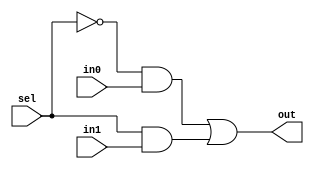
`define AND and #30
`define OR or #30
`define NOT not #10

// 2 bit mux
module mux2
(
    output out,
    input in0,
    input in1,
    input sel
);

    wire mux1, mux2;
    wire selnot;

    `NOT muxNOT(selnot, sel);
    `AND muxAND1(mux1, selnot, in0);
    `AND muxAND2(mux2, sel, in1);
    `OR muxOR(out, mux1, mux2);

endmodule

// 8 bit mux
module mux8
(
    output out,
    input[7:0] ins,
    input[2:0] sel
);

    wire[7:0] selpick;	// One of these is true, corresponding to the input to forward to out
    wire ns0, ns1, ns2;
    wire s0s1, s0ns1, ns0s1, ns0ns1;    
    wire out0, out1, out2, out3, out4, out5, out6, out7;
    wire o0o1, o2o3, o4o5, o6o7, o0o1o2o3, o4o5o6o7;

    `NOT invert_sel_0 (ns0, sel[0]);   // Invert select bits for logic
    `NOT invert_sel_1 (ns1, sel[1]);
    `NOT invert_sel_2 (ns2, sel[2]);

    `AND and0 (s0s1, sel[0], sel[1]);  // Combinations of first two select bits
    `AND and1 (s0ns1, sel[0], ns1);
    `AND and2 (ns0s1, ns0, sel[1]);
    `AND and3 (ns0ns1, ns0, ns1);

    `AND and4 (selpick[0], ns0ns1, ns2);   // Determine which input to forward to out.
    `AND and5 (selpick[1], s0ns1, ns2);    // These cases should be exclusive and exhaustive.
    `AND and6 (selpick[2], ns0s1, ns2);
    `AND and7 (selpick[3], s0s1, ns2);
    `AND and8 (selpick[4], ns0ns1, sel[2]);
    `AND and9 (selpick[5], s0ns1, sel[2]);
    `AND and10 (selpick[6], ns0s1, sel[2]);
    `AND and11 (selpick[7], s0s1, sel[2]);

    `AND and12 (out0, selpick[0], ins[0]);   // If any of these "out" values are true,
    `AND and13 (out1, selpick[1], ins[1]);   // a condition has been met for a true output.
    `AND and14 (out2, selpick[2], ins[2]);
    `AND and15 (out3, selpick[3], ins[3]);
    `AND and16 (out4, selpick[4], ins[4]);
    `AND and17 (out5, selpick[5], ins[5]);
    `AND and18 (out6, selpick[6], ins[6]);
    `AND and19 (out7, selpick[7], ins[7]);

    `OR or0 (o0o1, out0, out1);   // Determine output by OR-ing them together.
    `OR or1 (o2o3, out2, out3);
    `OR or2 (o4o5, out4, out5);
    `OR or3 (o6o7, out6, out7);
    `OR or4 (o0o1o2o3, o0o1, o2o3);
    `OR or5 (o4o5o6o7, o4o5, o6o7);
    `OR output_gate (out, o0o1o2o3, o4o5o6o7);

endmodule